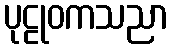
ပုဠုဝကသညာ